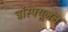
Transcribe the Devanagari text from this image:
ट्रांस्फ्यूजन